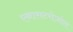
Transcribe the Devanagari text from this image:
एनासटरोज़ोल